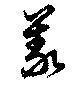
義